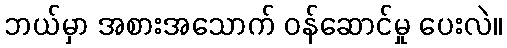
ဘယ်မှာ အစားအသောက် ဝန်ဆောင်မှု ပေးလဲ။